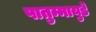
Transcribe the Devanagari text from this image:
पातुम्मायुडे